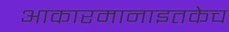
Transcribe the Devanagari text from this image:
आकारमानाइतकेच